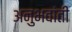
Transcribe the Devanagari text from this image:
अनुभवांती